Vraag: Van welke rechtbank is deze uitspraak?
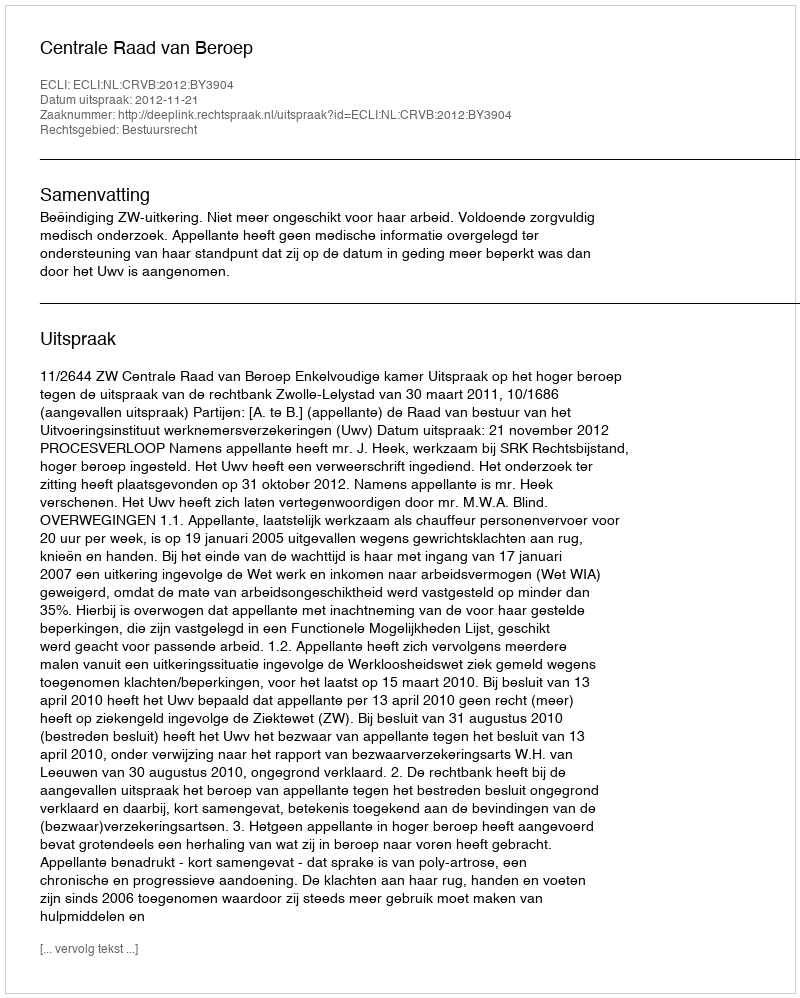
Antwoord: Centrale Raad van Beroep